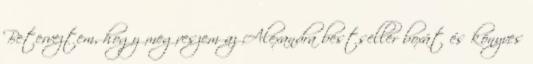
Beterveztem, hogy megveszem az Alexandra bestseller boxát és könyves